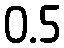
0.5